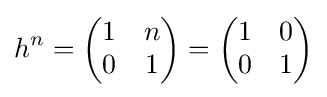
h^{n}={\begin{pmatrix}1&n\\0&1\end{pmatrix}}={\begin{pmatrix}1&0\\0&1\end{pmatrix}}